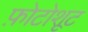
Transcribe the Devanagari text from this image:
फ़ोटोशूट